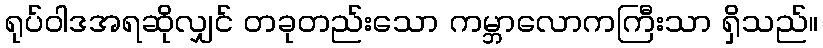
ရုပ်ဝါဒအရဆိုလျှင် တခုတည်းသော ကမ္ဘာလောကကြီးသာ ရှိသည်။